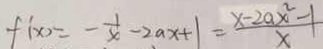
f ^ { \prime } ( x ) = - \frac { 1 } { x } - 2 a x + 1 = \frac { x - 2 a x ^ { 2 } - 1 } { x }